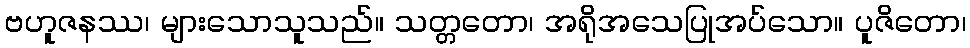
ဗဟူဇနဿ၊ များသောသူသည်။ သတ္တတော၊ အရိုအသေပြုအပ်သော။ ပူဇိတော၊